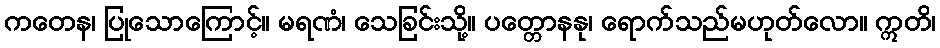
ကတေန၊ ပြုသောကြောင့်။ မရဏံ၊ သေခြင်းသို့။ ပတ္တောနနု၊ ရောက်သည်မဟုတ်လော။ ဣတိ၊